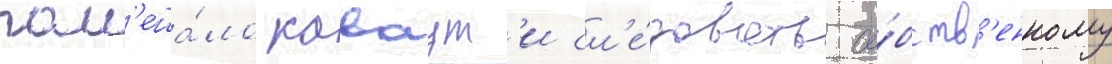
пом'еша́ло каваут'и сл'е́довать со́бств'енному